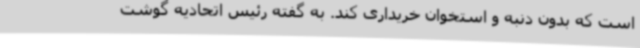
است که بدون دنبه و استخوان خریداری کند. به گفته رئیس اتحادیه گوشت